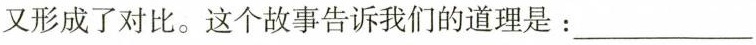
又形成了对比。这个故事告诉我们的道理是：___